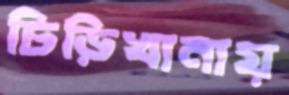
চিড়িখানায়